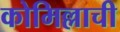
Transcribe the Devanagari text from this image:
कोमिल्लाची